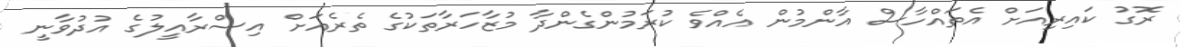
ރޮގު ކައިރިއަށް އެތައްހާސް އާންމުން އެއްވެ ކުރަމުންގެންދާ މުޒާހަރާތަކުގެ ތެރެއަށް އިސްރާއީލުގެ އުދުވާނީ